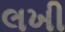
લખી